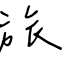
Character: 旅